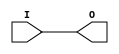
// $Header: /devl/xcs/repo/env/Databases/CAEInterfaces/verunilibs/s/IBUF_HSTL_IV_DCI_18.v,v 1.5.22.1 2003/11/18 20:41:35 wloo Exp $

/*

FUNCTION	: INPUT BUFFER

*/

`timescale  100 ps / 10 ps


module IBUF_HSTL_IV_DCI_18 (O, I);

    output O;

    input  I;

	buf B1 (O, I);

    specify
	(I *> O) = (0, 0);
    endspecify

endmodule